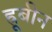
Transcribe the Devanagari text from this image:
ह्रूबीन